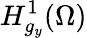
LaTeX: H_{g_{y}}^{1}(\Omega)